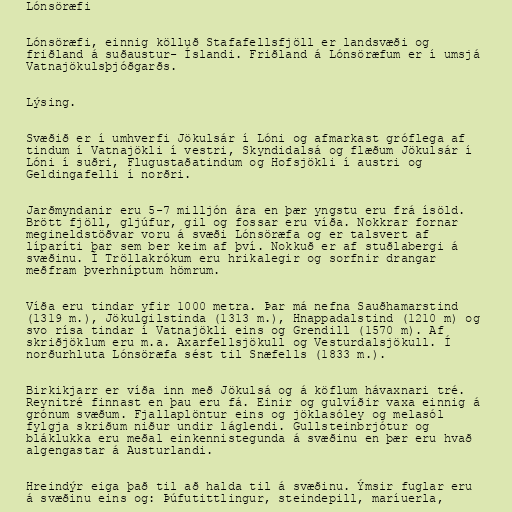
Lónsöræfi

Lónsöræfi, einnig kölluð Stafafellsfjöll er landsvæði og
friðland á suðaustur- Íslandi. Friðland á Lónsöræfum er í umsjá
Vatnajökulsþjóðgarðs.

Lýsing.

Svæðið er í umhverfi Jökulsár í Lóni og afmarkast gróflega af
tindum í Vatnajökli í vestri, Skyndidalsá og flæðum Jökulsár í
Lóni í suðri, Flugustaðatindum og Hofsjökli í austri og
Geldingafelli í norðri.

Jarðmyndanir eru 5-7 milljón ára en þær yngstu eru frá ísöld.
Brött fjöll, gljúfur, gil og fossar eru víða. Nokkrar fornar
megineldstöðvar voru á svæði Lónsöræfa og er talsvert af
líparíti þar sem ber keim af því. Nokkuð er af stuðlabergi á
svæðinu. Í Tröllakrókum eru hrikalegir og sorfnir drangar
meðfram þverhníptum hömrum.

Víða eru tindar yfir 1000 metra. Þar má nefna Sauðhamarstind
(1319 m.), Jökulgilstinda (1313 m.), Hnappadalstind (1210 m) og
svo rísa tindar í Vatnajökli eins og Grendill (1570 m). Af
skriðjöklum eru m.a. Axarfellsjökull og Vesturdalsjökull. Í
norðurhluta Lónsöræfa sést til Snæfells (1833 m.).

Birkikjarr er víða inn með Jökulsá og á köflum hávaxnari tré.
Reynitré finnast en þau eru fá. Einir og gulvíðir vaxa einnig á
grónum svæðum. Fjallaplöntur eins og jöklasóley og melasól
fylgja skriðum niður undir láglendi. Gullsteinbrjótur og
bláklukka eru meðal einkennistegunda á svæðinu en þær eru hvað
algengastar á Austurlandi.

Hreindýr eiga það til að halda til á svæðinu. Ýmsir fuglar eru
á svæðinu eins og: Þúfutittlingur, steindepill, maríuerla,